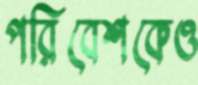
পরিবেশকেও